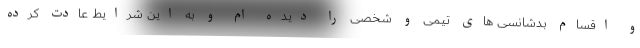
و اقسام بدشانسی های تیمی و شخصی را دیده ام و به این شرایط عادت کرده